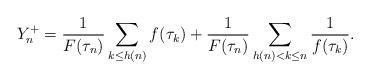
LaTeX: \begin{align*} Y^+_n &= \frac1{F(\tau_n)}\sum_{k\leq h(n)}f(\tau_k) + \frac1{F(\tau_n)}\sum_{h(n)<k\leq n}\frac1{f(\tau_k)}. \end{align*}